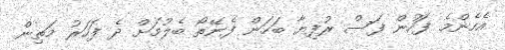
އެހެންމެ ފަހުން ފަސް ރުފިޔާ ބަހަން ފެނޭތޯ ބެލުމަށް ދެ ފަހަރު މަތިން